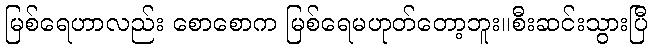
မြစ်ရေဟာလည်း စောစောက မြစ်ရေမဟုတ်တော့ဘူး။စီးဆင်းသွားပြီ